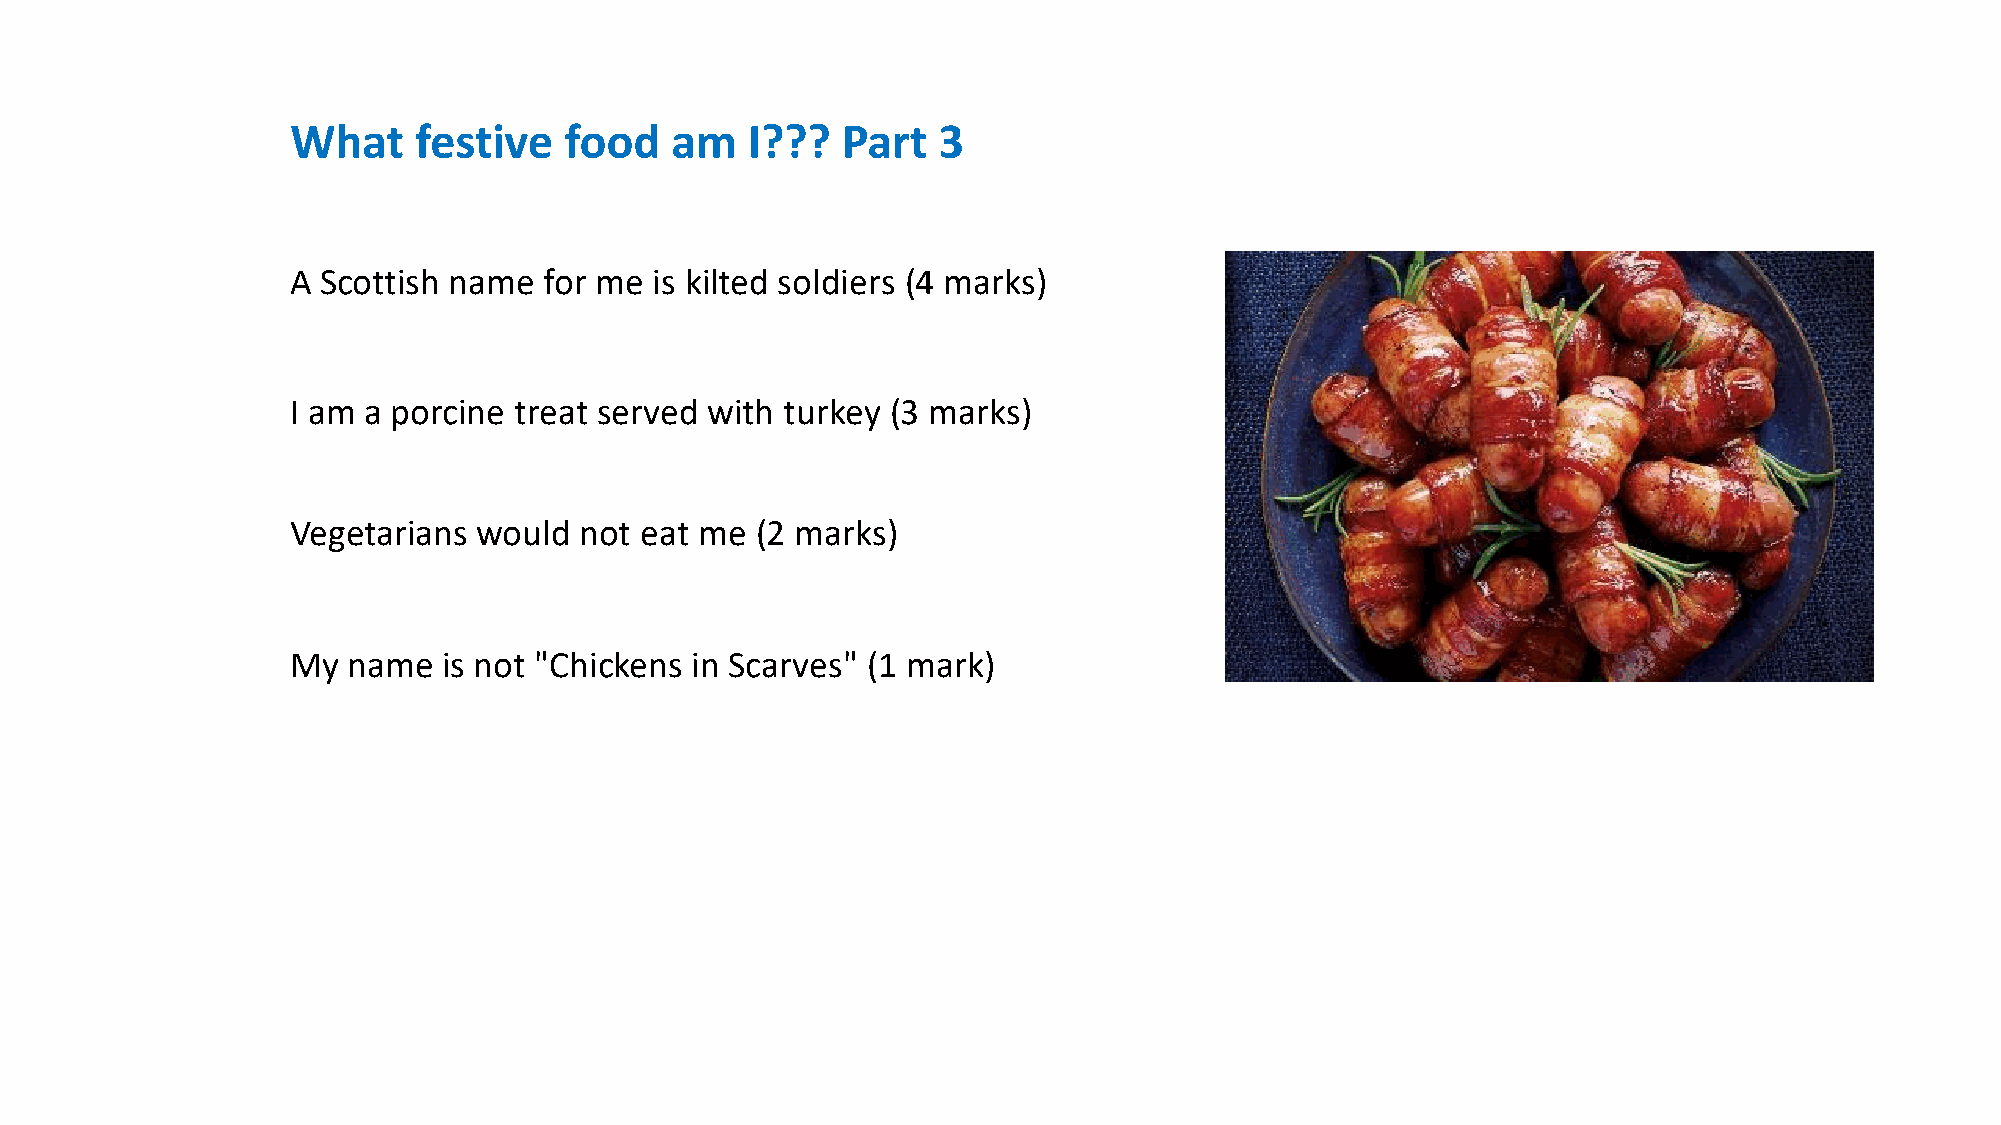
What    festive   food   am   I???   Part  3
 A Scottish name  for me is kilted soldiers (4 marks)
 I am a porcine treat served with turkey (3 marks)
 Vegetarians  would not eat me  (2 marks)
 My  name  is not "Chickens in Scarves" (1 mark)